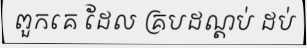
ពួកគេ ដែល គ្របដណ្តប់ ដប់